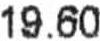
19.60